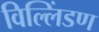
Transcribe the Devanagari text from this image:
विल्लिंडण